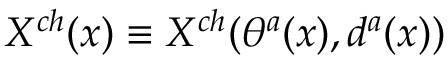
X ^ { c h } ( x ) \equiv X ^ { c h } ( \theta ^ { a } ( x ) , d ^ { a } ( x ) )